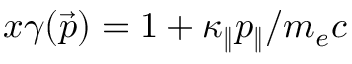
x \gamma ( \vec { p } ) = 1 + \kappa _ { \| } p _ { \| } / m _ { e } c